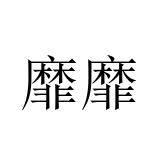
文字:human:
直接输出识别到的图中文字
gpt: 靡靡